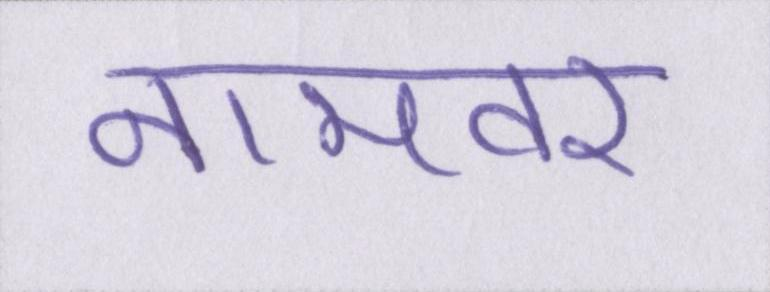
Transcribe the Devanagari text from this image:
नामवर